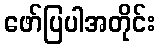
ဖော်ပြပါအတိုင်း